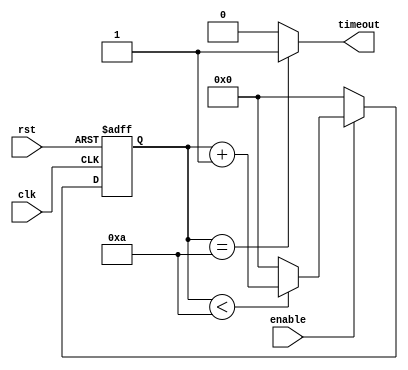
`timescale 1ns / 1ps
//////////////////////////////////////////////////////////////////////////////////
// Company: 
// 
// Design Name: 
// Module Name: timer_param
// Project Name: 
// Target Devices: 
// Tool Versions: 
// Description: 
// 
// Dependencies: 
// 
// Revision:
// Revision 0.01 - File Created
// Additional Comments:
// 
//////////////////////////////////////////////////////////////////////////////////


module timer_param #(parameter LIMIT = 30'd10)(
input wire clk, rst, enable,
output wire timeout
    );
    
parameter BIT = $clog2(LIMIT);

reg [BIT-1:0] cnt, cnt_next;

always @ (posedge clk, posedge rst)
if (rst == 1'b1) cnt <= {BIT{1'b0}};
else cnt <= cnt_next;

always @ (cnt, enable)
if (enable == 1'b1)
    begin
     if (cnt < LIMIT) cnt_next = cnt + {{BIT-1{1'b0}}, 1'b1};
     else cnt_next = {BIT{1'b0}};
    end
else 
cnt_next = {BIT{1'b0}};

assign timeout = (cnt == LIMIT) ? 1'b1 : 1'b0;

endmodule